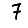
Digit: 7